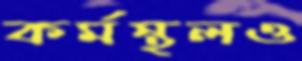
কর্মস্থলও